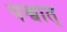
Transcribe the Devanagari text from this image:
पश्वात्